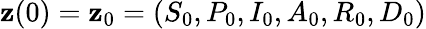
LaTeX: \textbf{z}(0)=\textbf{z}_{0}=(S_{0},P_{0},I_{0},A_{0},R_{0},D_{0})